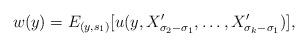
LaTeX: \begin{align*} w(y)=E_{(y,s_1)}[u(y,X'_{\sigma_2-\sigma_1},\ldots,X'_{\sigma_k-\sigma_1})],\end{align*}